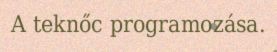
A teknőc programozása.